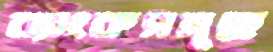
ব্যাংকসমূহে